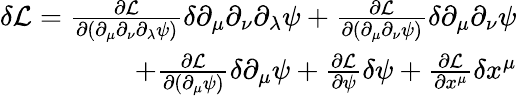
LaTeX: \begin{array}{r}{\delta\mathcal{L}=\frac{\partial\mathcal L}{\partial(\partial_{\mu}\partial_{\nu}\partial_{\lambda}\psi)}\delta\partial_{\mu}\partial_{\nu}\partial_{\lambda}\psi+\frac{\partial\mathcal L}{\partial(\partial_{\mu}\partial_{\nu}\psi)}\delta\partial_{\mu}\partial_{\nu}\psi}\\ {+\frac{\partial\mathcal L}{\partial(\partial_{\mu}\psi)}\delta\partial_{\mu}\psi+\frac{\partial\mathcal L}{\partial\psi}\delta\psi+\frac{\partial\mathcal L}{\partial x^{\mu}}\delta x^{\mu}}\end{array}